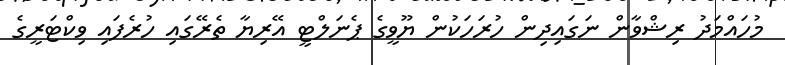
މުހައްމަދު ރިޝްވާން ނަގައިދިން ހުރަހަކުން ޔޫވީގެ ޕެނަލްޓީ އޭރިޔާ ތެރޭގައި ހުރެފައި ވިކްޓަރީގެ